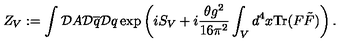
Z _ { V } : = \int { \cal D } A { \cal D } \overline { { q } } { \cal D } q \exp \left( i S _ { V } + i \frac { \theta g ^ { 2 } } { 1 6 \pi ^ { 2 } } \int _ { V } d ^ { 4 } x \mathrm { T r } ( F \tilde { F } ) \right) .